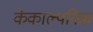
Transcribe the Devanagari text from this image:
केकाल्पनिक